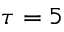
\tau = 5